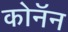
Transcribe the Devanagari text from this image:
कोनॅन